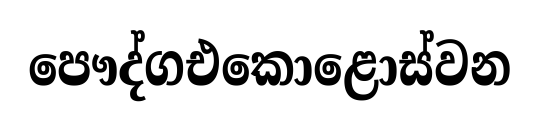
පෞද්ගඑකොළොස්වන